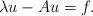
LaTeX: \begin{align*}\lambda u -Au=f.\end{align*}